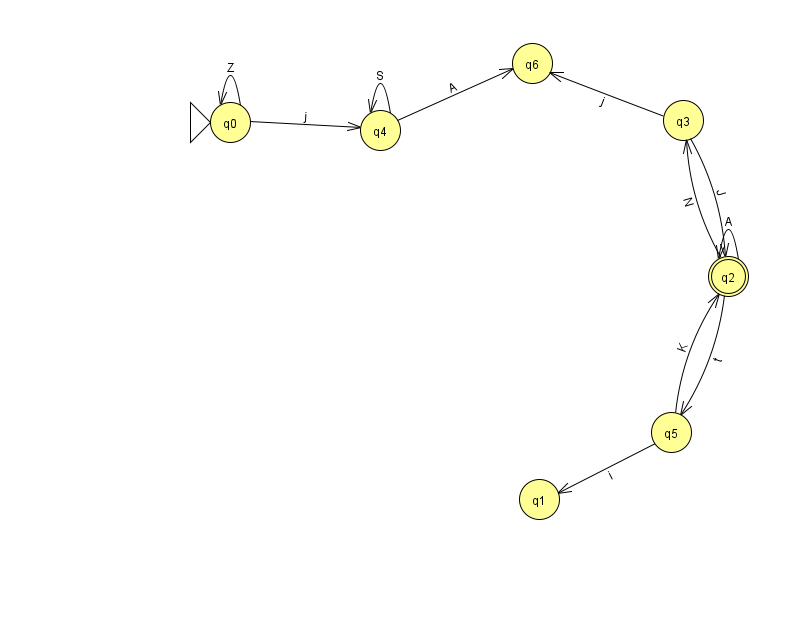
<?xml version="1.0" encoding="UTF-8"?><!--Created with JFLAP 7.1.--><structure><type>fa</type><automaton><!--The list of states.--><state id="0" name="q0"><x>230.0</x><y>109.0</y><initial/></state><state id="1" name="q1"><x>539.0</x><y>486.0</y></state><state id="2" name="q2"><x>728.0</x><y>263.0</y><final/></state><state id="3" name="q3"><x>683.0</x><y>107.0</y></state><state id="4" name="q4"><x>380.0</x><y>117.0</y></state><state id="5" name="q5"><x>671.0</x><y>419.0</y></state><state id="6" name="q6"><x>532.0</x><y>50.0</y></state><!--The list of transitions.--><transition><from>2</from><to>2</to><read>A</read></transition><transition><from>5</from><to>1</to><read>i</read></transition><transition><from>4</from><to>4</to><read>S</read></transition><transition><from>2</from><to>5</to><read>t</read></transition><transition><from>3</from><to>6</to><read>j</read></transition><transition><from>0</from><to>0</to><read>Z</read></transition><transition><from>5</from><to>2</to><read>K</read></transition><transition><from>3</from><to>2</to><read>J</read></transition><transition><from>0</from><to>4</to><read>j</read></transition><transition><from>4</from><to>6</to><read>A</read></transition><transition><from>2</from><to>3</to><read>N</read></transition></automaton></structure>